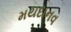
મયદાનવ